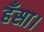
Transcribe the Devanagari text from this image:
हँसा।